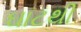
ઘાટથી